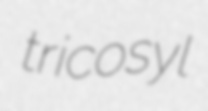
tricosyl